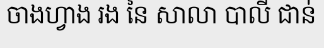
ចាងហ្វាង រង នៃ សាលា បាលី ជាន់